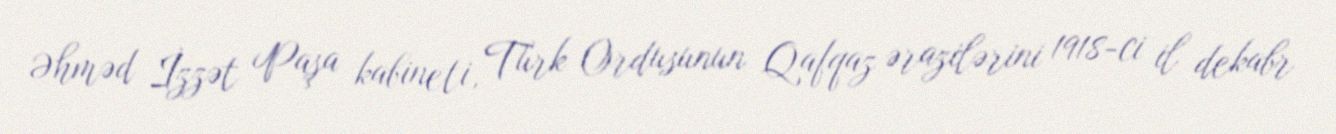
Əhməd İzzət Paşa kabineti, Türk Ordusunun Qafqaz ərazilərini 1918-ci il dekabr